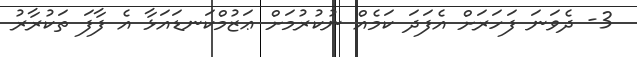
3- ދެވަނަ ފަހަރަށް އެފަދަ ކަމެއް ނުކުރުމަށް ޢަޒުމްކަނޑައަޅާ އެ ފާފަ ތަކުރާރު